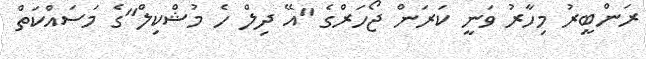
ރަންބީރު މިހާރު ވަނީ ކަރަން ޖޯހަރްގެ "އޭ ދިލް ހެ މުޝްކިލް"ގެ މަސައްކަތް